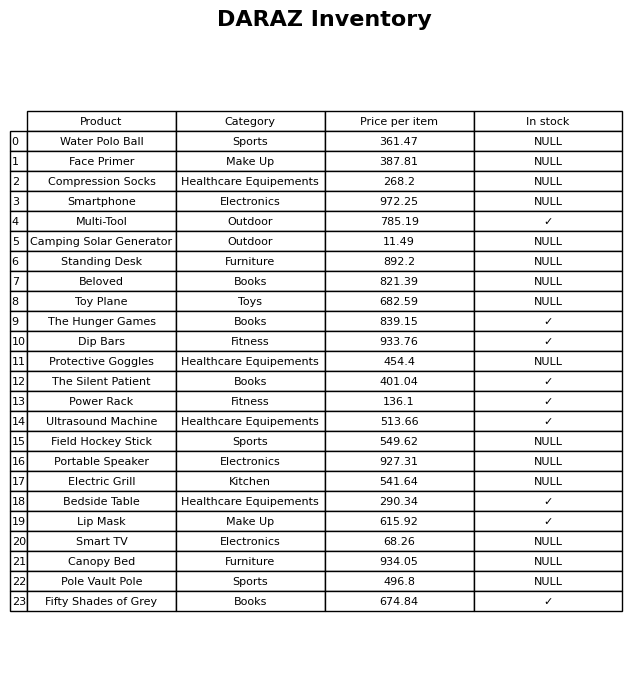
question: What is the price for Field Hockey Stick?
answer: The price of Field Hockey Stick is 549.62.